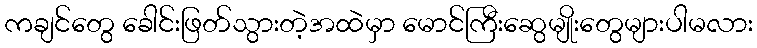
ကချင်တွေ ခေါင်းဖြတ်သွားတဲ့အထဲမှာ မောင်ကြီးဆွေမျိုးတွေများပါမလား